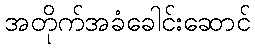
အတိုက်အခံခေါင်းဆောင်